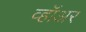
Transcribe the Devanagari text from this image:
व्हॉअर